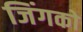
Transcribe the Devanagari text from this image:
जिंगको